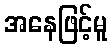
အနေဖြင့်မူ